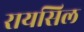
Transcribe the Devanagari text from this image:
रायसिल